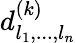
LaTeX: d_{l_{1},...,l_{n}}^{(k)}